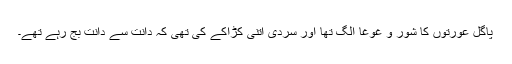
پاگل عورتوں کا شور و غوغا الگ تھا اور سردی اتنی کڑاکے کی تھی کہ دانت سے دانت بج رہے تھے۔